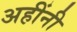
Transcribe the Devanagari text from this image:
अहींनी